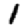
Digit: 1